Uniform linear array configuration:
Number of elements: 48
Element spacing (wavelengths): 0.75
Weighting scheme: kaiser
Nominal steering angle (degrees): -30
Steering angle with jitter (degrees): -29.2
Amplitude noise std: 0.05
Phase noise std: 0.05

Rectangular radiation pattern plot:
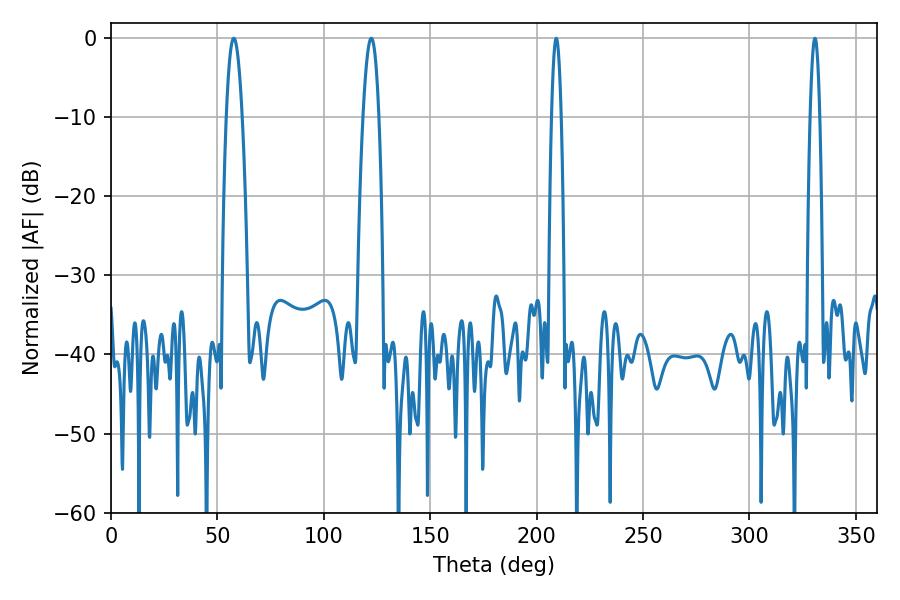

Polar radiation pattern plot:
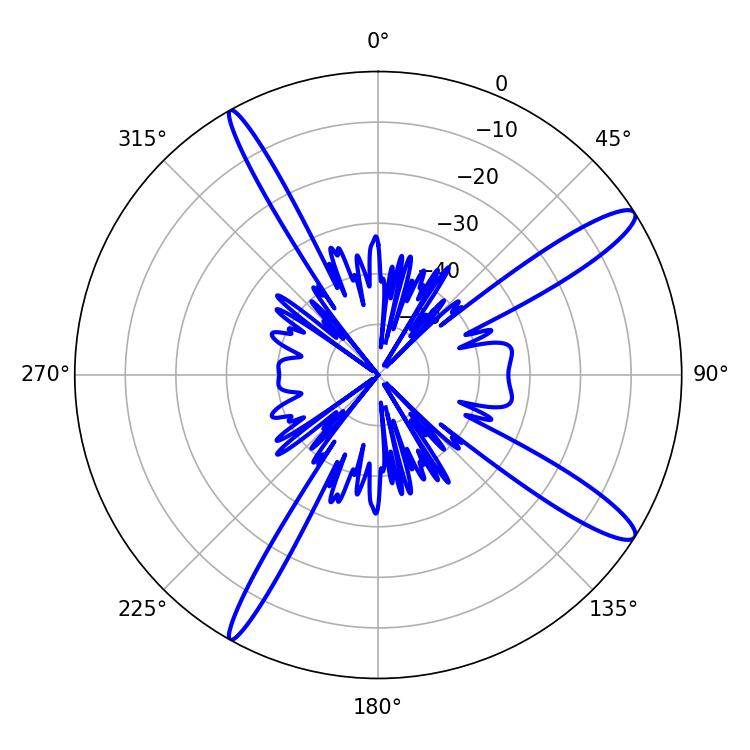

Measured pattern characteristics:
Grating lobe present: TRUE
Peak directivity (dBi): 13.689
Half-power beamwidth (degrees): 3.96
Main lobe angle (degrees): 57.78